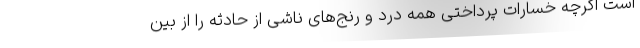
است اگرچه خسارات پرداختی همه درد و رنج‌های ناشی از حادثه را از بین